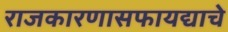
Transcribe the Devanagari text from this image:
राजकारणासफायद्याचे